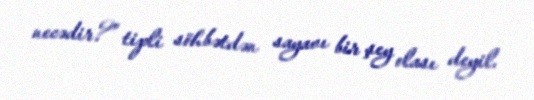
necədir?” tipli söhbətdən sayavı bir şey olası deyil.